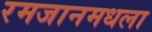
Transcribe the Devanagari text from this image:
रमजानमधला